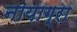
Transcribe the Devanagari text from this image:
नायाग्रा